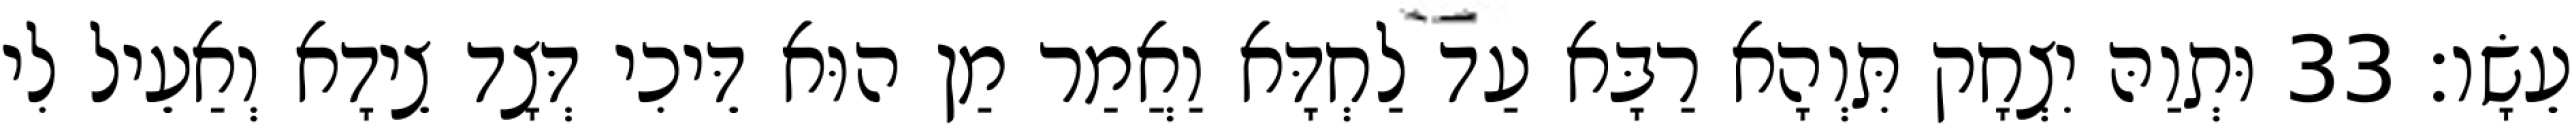
עֵשָׂו׃ 33 וּתְוַהּ יִצְחָק תִּוְהָא רַבָּא עַד לַחְדָּא וַאֲמַר מַן הוּא דֵּיכִי דְּצָד צֵידָא וְאַעֵיל לִי